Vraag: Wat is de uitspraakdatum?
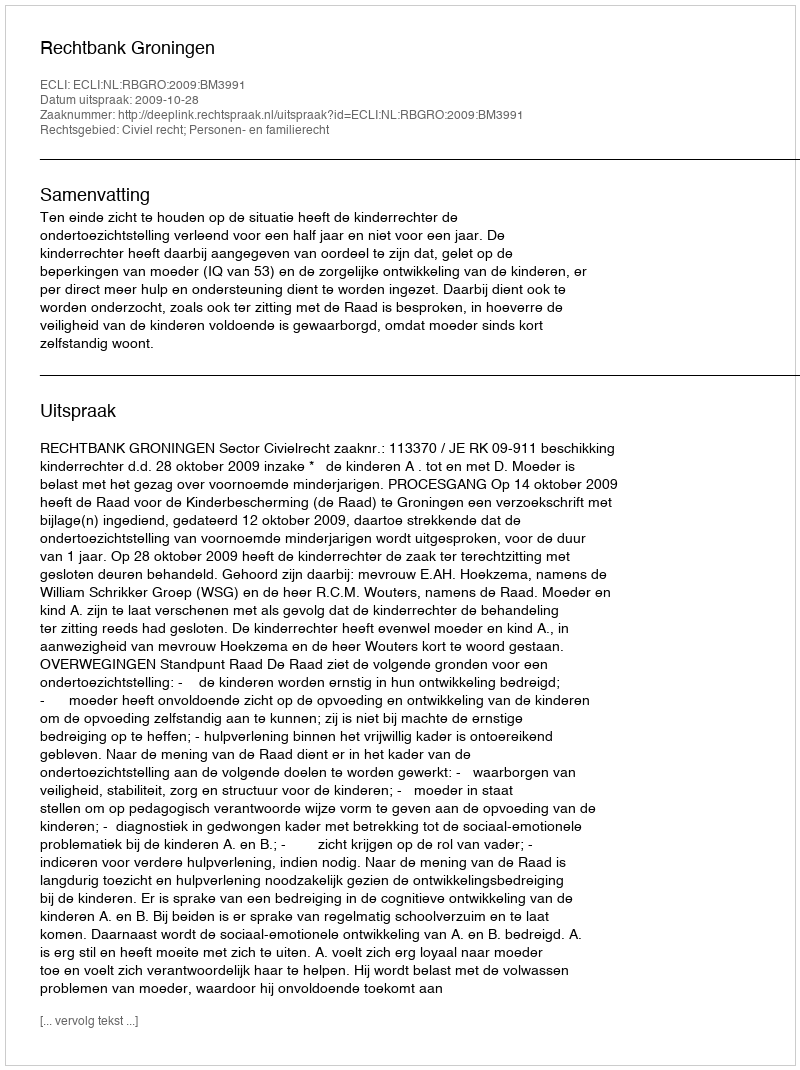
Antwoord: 2009-10-28